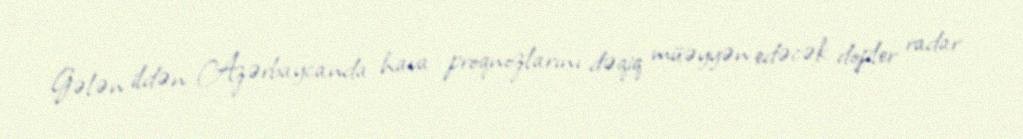
Gələn ildən Azərbaycanda hava proqnozlarını dəqiq müəyyən edəcək dopler radar